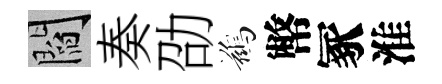
閻奏劭鷀幣冢淮